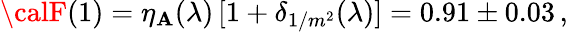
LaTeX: {\calF}(1)=\eta_{\mathbf{A}}(\lambda)\, [1+\delta_{1/m^{2}}(\lambda)]=0.91\pm0.03\, ,